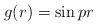
LaTeX: \begin{align*}g(r)=\sin{pr}\end{align*}